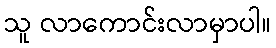
သူ လာကောင်းလာမှာပါ။